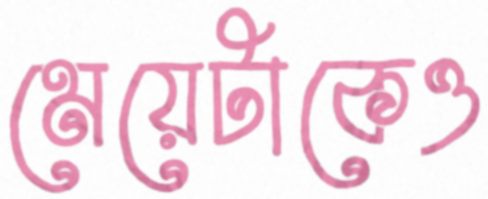
মেয়েটাকেও